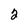
Character: 2